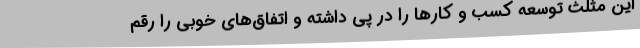
این مثلث توسعه کسب و کارها را در پی داشته و اتفاق‌های خوبی را رقم